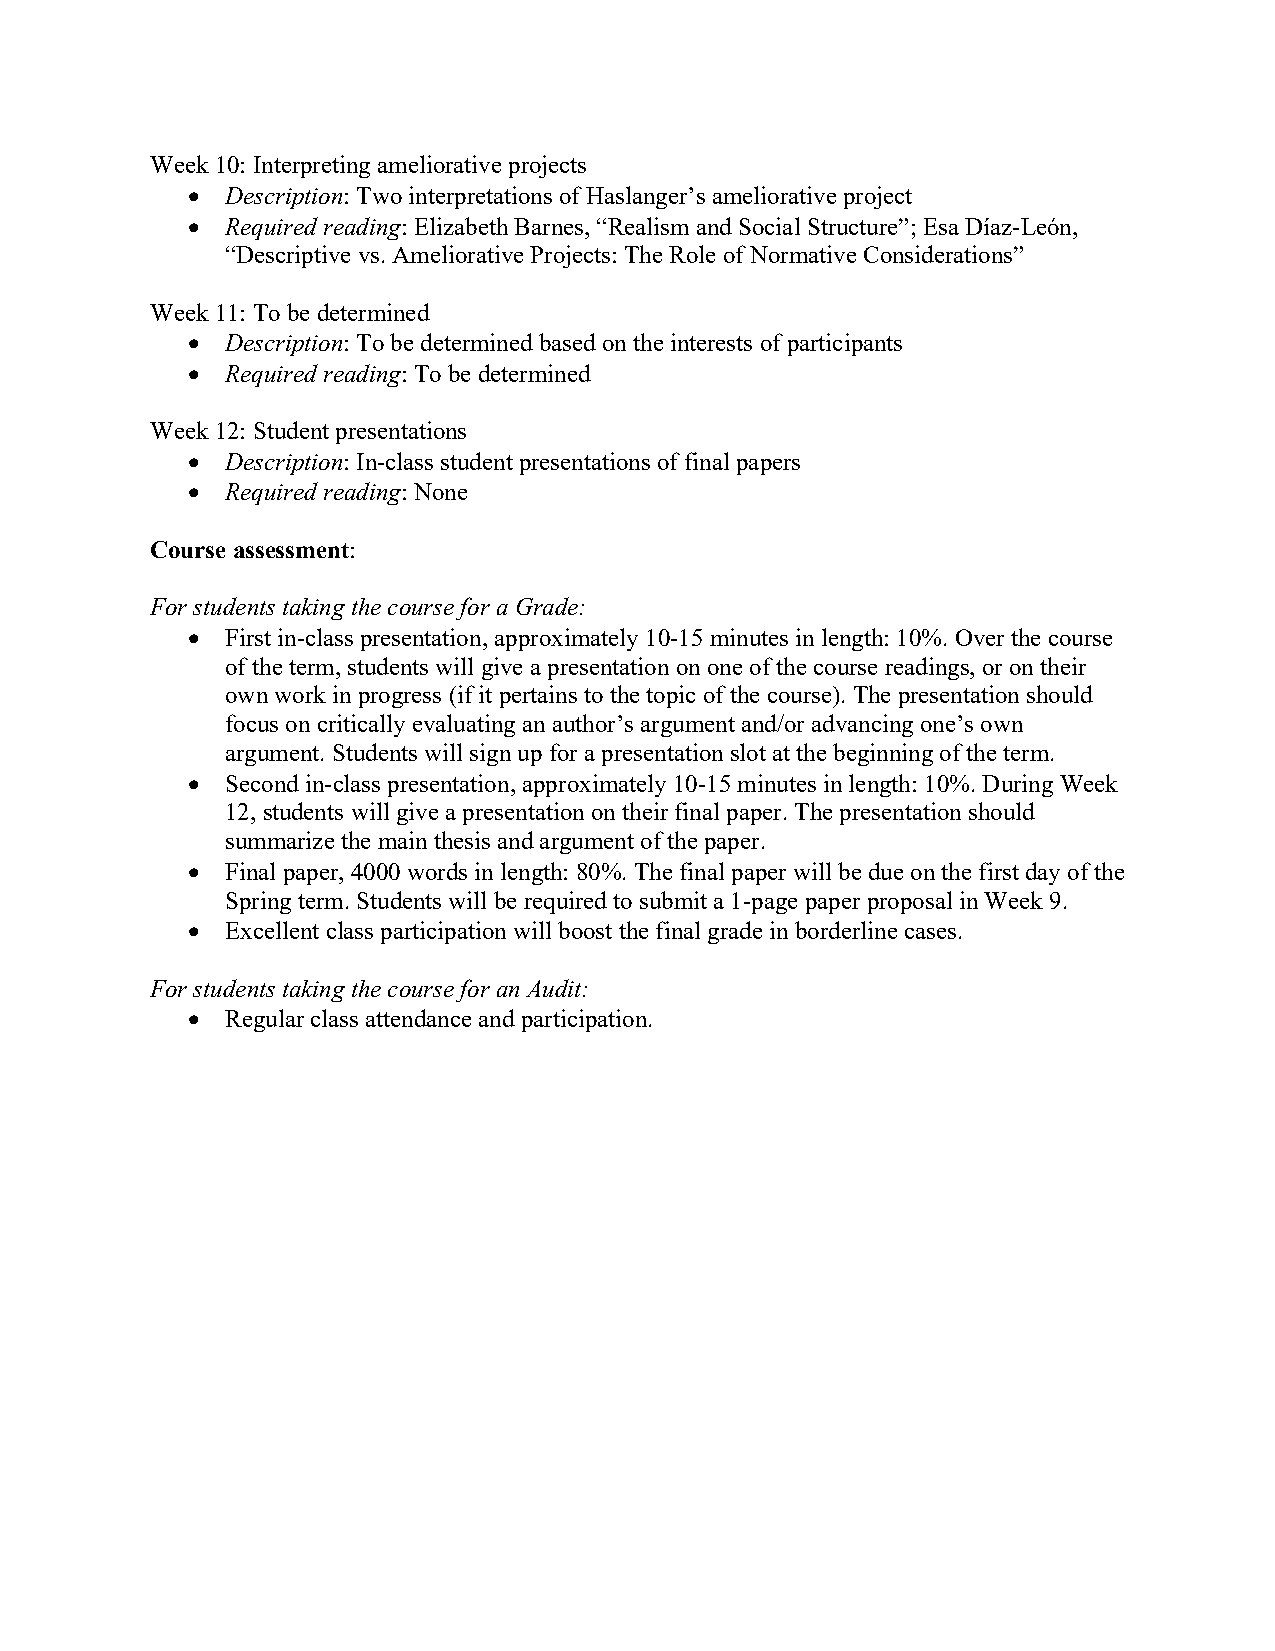
Week 10: Interpreting ameliorative projects
 •  Description: Two interpretations of Haslanger’s ameliorative project
 •  Required reading: Elizabeth Barnes, “Realism and Social Structure”; Esa Díaz-León,
 “Descriptive vs. Ameliorative Projects: The Role of Normative Considerations”
 Week 11: To be determined
 •  Description: To be determined based on the interests of participants
 •  Required reading: To be determined
 Week 12: Student presentations
 •  Description: In-class student presentations of final papers
 •  Required reading: None
 Course assessment:
 For students taking the course for a Grade:
 •  First in-class presentation, approximately 10-15 minutes in length: 10%. Over the course
 of the term, students will give a presentation on one of the course readings, or on their
 own work in progress (if it pertains to the topic of the course). The presentation should
 focus on critically evaluating an author’s argument and/or advancing one’s own
 argument. Students will sign up for a presentation slot at the beginning of the term.
 •  Second in-class presentation, approximately 10-15 minutes in length: 10%. During Week
 12, students will give a presentation on their final paper. The presentation should
 summarize the main thesis and argument of the paper.
 •  Final paper, 4000 words in length: 80%. The final paper will be due on the first day of the
 Spring term. Students will be required to submit a 1-page paper proposal in Week 9.
 •  Excellent class participation will boost the final grade in borderline cases.
 For students taking the course for an Audit:
 •  Regular class attendance and participation.